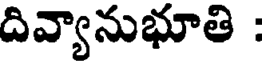
దివ్యానుభూతి :